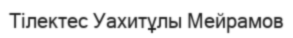
Тілектес Уахитұлы Мейрамов